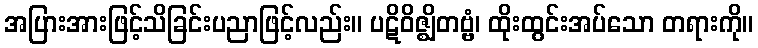
အပြားအားဖြင့်သိခြင်းပညာဖြင့်လည်း။ ပဋိဝိဇ္ဈိတဗ္ဗံ၊ ထိုးထွင်းအပ်သော တရားကို။